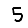
Digit: 5